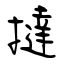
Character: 撻